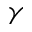
\gamma